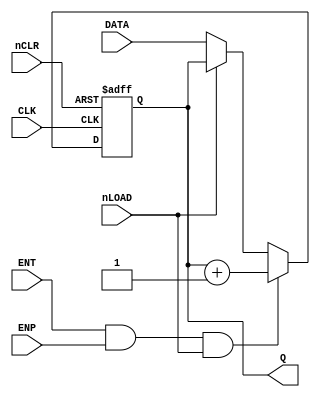
`default_nettype none

// DATA = {D, C, B, A}
// Q = [Qd, Qc, Qb, Qa]

module hc161 (
    input wire nCLR,
    input wire CLK,
    input wire ENP,
    input wire nLOAD,
    input wire ENT,
    input wire [3:0] DATA,
    output reg [3:0] Q
);

    always @(posedge CLK or negedge nCLR) begin
        if(!nCLR) begin 
            Q <= 4'b0;
        end
        else begin 
            if(!nLOAD) begin
                Q <= DATA;
            end
            if(ENT && ENP && nLOAD) begin
                Q <= Q + 1'b1;
            end
        end
    end

endmodule